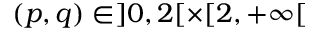
( p , q ) \in ] 0 , 2 [ \times [ 2 , + \infty [